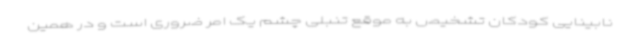
نابینایی کودکان تشخیص به موقع تنبلی چشم یک امر ضروری است و در همین